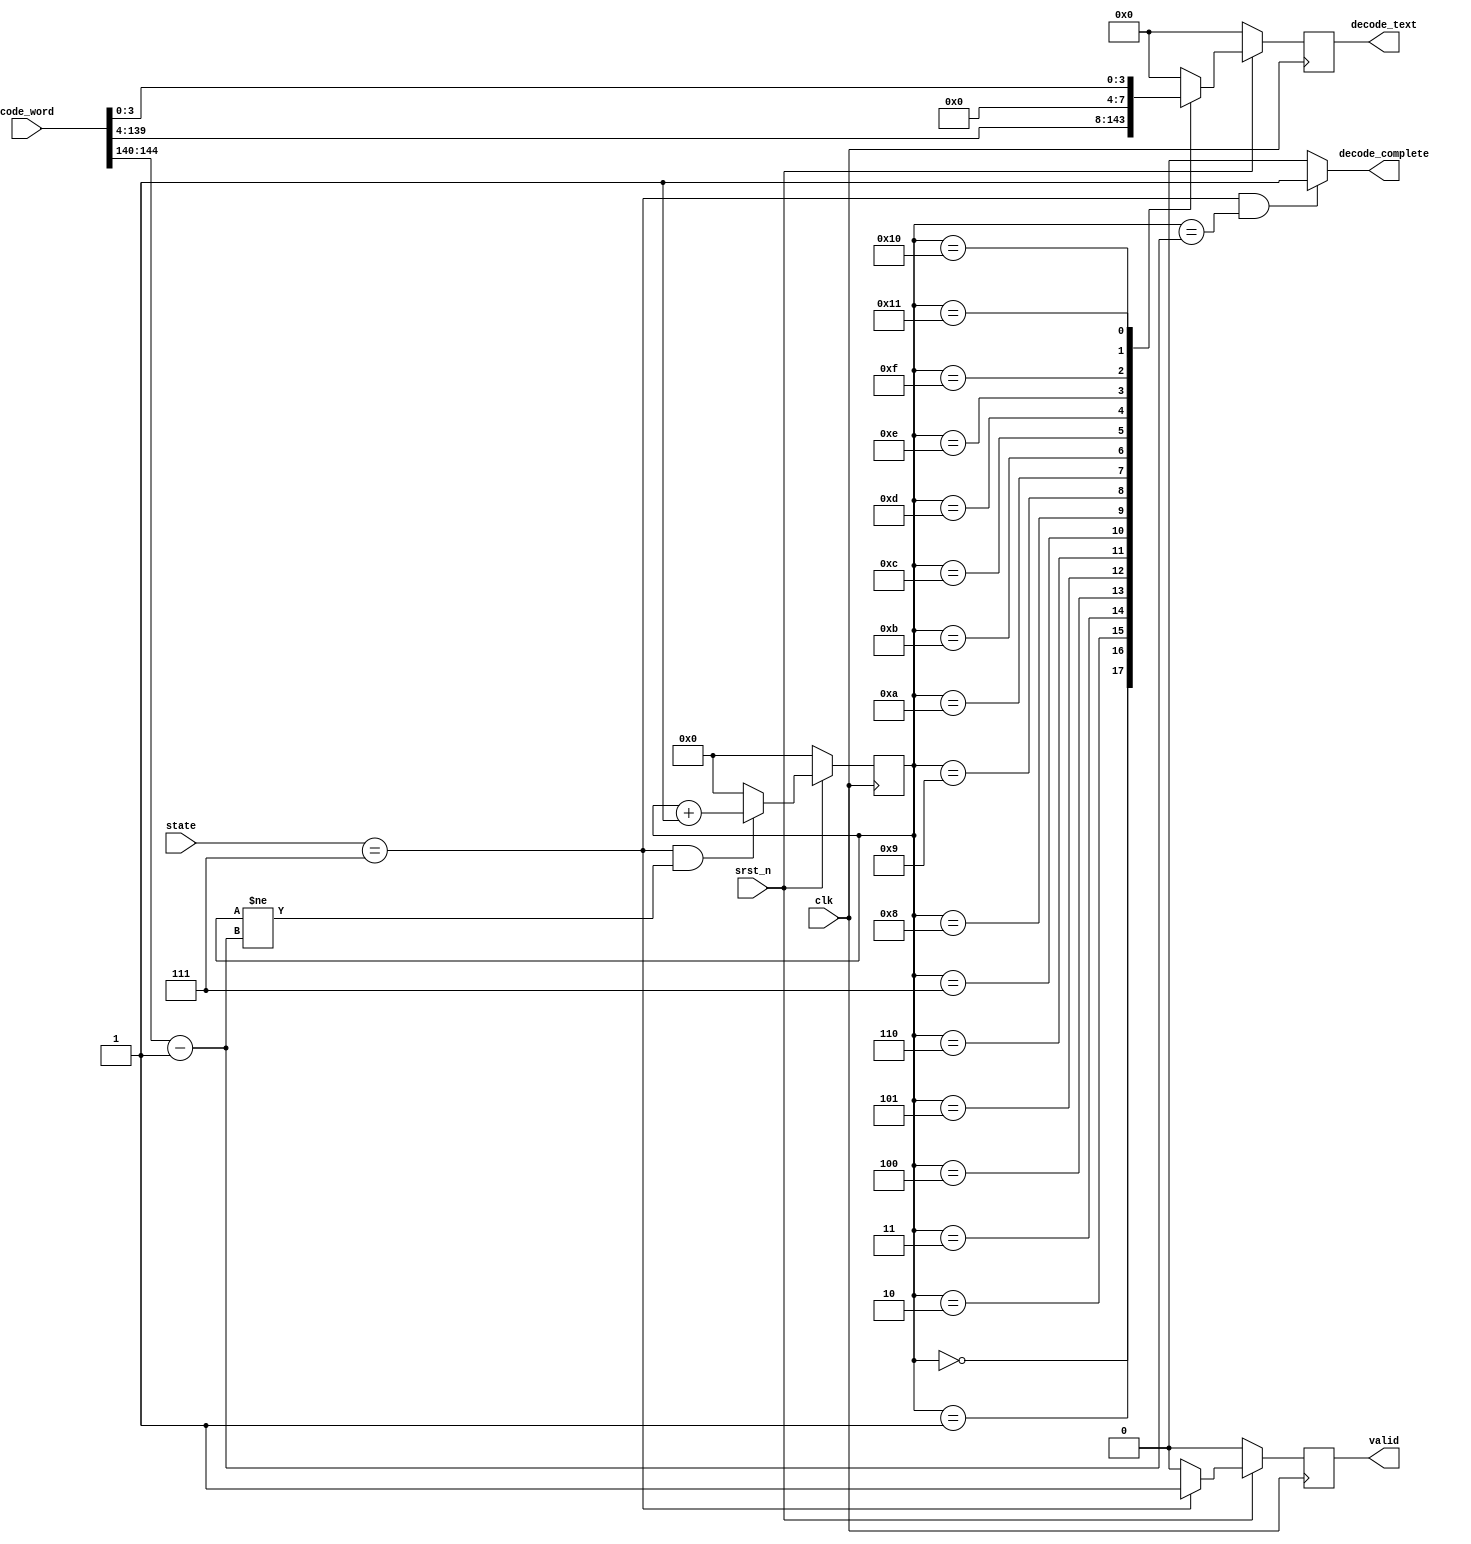
module DECODING(
    input clk,
    input srst_n,             
    input [3:0] state,                         
    input [151:0] code_word,       
    output reg decode_complete,
    output reg [7:0] decode_text,
    output reg valid   
);

parameter IDLE = 4'd0, PRE_SCAN = 4'd1, NUM = 4'd2, SCAN = 4'd3, ROTATE = 4'd4, LOC = 4'd5, DEMASK = 4'd6, DECODE = 4'd7, FINISH = 4'd8;
reg [7:0] decode_text_tmp;

// cnt
reg [4:0] decode_cnt, decode_cnt_tmp;
always@*
  if((state == DECODE) && (decode_cnt != (code_word[144:140]-1'b1)))
    decode_cnt_tmp = decode_cnt + 1'b1;
  else
    decode_cnt_tmp = 0;

always@*
  if((state == DECODE) && (decode_cnt == (code_word[144:140]-1'b1)))
    decode_complete = 1;
  else
    decode_complete = 0;

always@(posedge clk)
  if(~srst_n)
    decode_cnt <= 0;
  else
    decode_cnt <= decode_cnt_tmp;

// decode word from code_word array
always@*
  case(decode_cnt)
    5'd0: decode_text_tmp = code_word[139:132];
    5'd1: decode_text_tmp = code_word[131:124];
    5'd2: decode_text_tmp = code_word[123:116];
    5'd3: decode_text_tmp = code_word[115:108];
    5'd4: decode_text_tmp = code_word[107:100];
    5'd5: decode_text_tmp = code_word[99:92];
    5'd6: decode_text_tmp = code_word[91:84];
    5'd7: decode_text_tmp = code_word[83:76];
    5'd8: decode_text_tmp = code_word[75:68];
    5'd9: decode_text_tmp = code_word[67:60];
    5'd10: decode_text_tmp = code_word[59:52];
    5'd11: decode_text_tmp = code_word[51:44];
    5'd12: decode_text_tmp = code_word[43:36];
    5'd13: decode_text_tmp = code_word[35:28];
    5'd14: decode_text_tmp = code_word[27:20];
    5'd15: decode_text_tmp = code_word[19:12];
    5'd16: decode_text_tmp = code_word[11:4];
    5'd17: decode_text_tmp = code_word[3:0];
    default: decode_text_tmp = 0;
  endcase

always@(posedge clk)
  if(~srst_n)
    valid <= 0;
  else
    if(state == DECODE)
      valid <= 1;
    else
      valid <= 0;

always@(posedge clk)
  if(~srst_n)
    decode_text <= 0;
  else
    decode_text <= decode_text_tmp;


endmodule